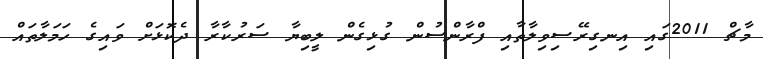
މާޗް 2011ގައި އިނގިރޭސިވިލާތާއި ފްރާންސުން ގުޅިގެން ލީބިޔާ ސަރުކާރާ ދެކޮޅަށް ވައިގެ ހަމަލާތައް